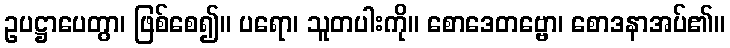
ဥပဋ္ဌာပေတွာ၊ ဖြစ်စေ၍။ ပရော၊ သူတပါးကို။ စောဒေတဗ္ဗော၊ စောဒနာအပ်၏။